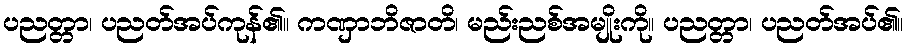
ပညတ္တာ၊ ပညတ်အပ်ကုန်၏။ ကဏှာဘိဇာတိ၊ မည်းညစ်အမျိုးကို။ ပညတ္တာ၊ ပညတ်အပ်၏။